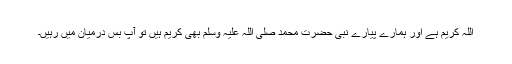
اللہ کریم ہے اور ہمارے پیارے نبی حضرت محمد صلی اللہ علیہ وسلم بھی کریم ہیں تو آپ بس درمیان میں رہیں۔